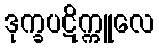
ဒုက္ခပဋိက္ကူလေ